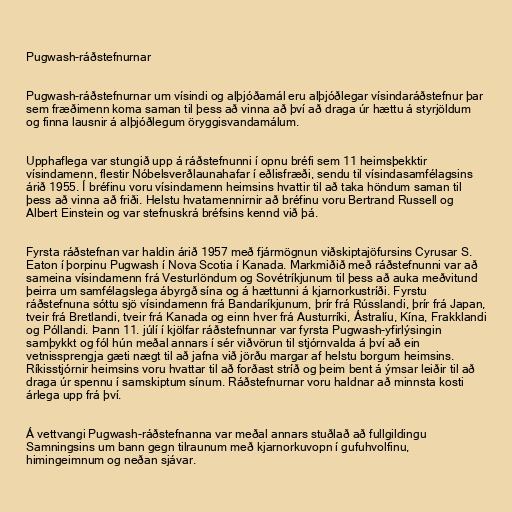
Pugwash-ráðstefnurnar

Pugwash-ráðstefnurnar um vísindi og alþjóðamál eru alþjóðlegar vísindaráðstefnur þar
sem fræðimenn koma saman til þess að vinna að því að draga úr hættu á styrjöldum
og finna lausnir á alþjóðlegum öryggisvandamálum.

Upphaflega var stungið upp á ráðstefnunni í opnu bréfi sem 11 heimsþekktir
vísindamenn, flestir Nóbelsverðlaunahafar í eðlisfræði, sendu til vísindasamfélagsins
árið 1955. Í bréfinu voru vísindamenn heimsins hvattir til að taka höndum saman til
þess að vinna að friði. Helstu hvatamennirnir að bréfinu voru Bertrand Russell og
Albert Einstein og var stefnuskrá bréfsins kennd við þá.

Fyrsta ráðstefnan var haldin árið 1957 með fjármögnun viðskiptajöfursins Cyrusar S.
Eaton í þorpinu Pugwash í Nova Scotia í Kanada. Markmiðið með ráðstefnunni var að
sameina vísindamenn frá Vesturlöndum og Sovétríkjunum til þess að auka meðvitund
þeirra um samfélagslega ábyrgð sína og á hættunni á kjarnorkustríði. Fyrstu
ráðstefnuna sóttu sjö vísindamenn frá Bandaríkjunum, þrír frá Rússlandi, þrír frá Japan,
tveir frá Bretlandi, tveir frá Kanada og einn hver frá Austurríki, Ástralíu, Kína, Frakklandi
og Póllandi. Þann 11. júlí í kjölfar ráðstefnunnar var fyrsta Pugwash-yfirlýsingin
samþykkt og fól hún meðal annars í sér viðvörun til stjórnvalda á því að ein
vetnissprengja gæti nægt til að jafna við jörðu margar af helstu borgum heimsins.
Ríkisstjórnir heimsins voru hvattar til að forðast stríð og þeim bent á ýmsar leiðir til að
draga úr spennu í samskiptum sínum. Ráðstefnurnar voru haldnar að minnsta kosti
árlega upp frá því.

Á vettvangi Pugwash-ráðstefnanna var meðal annars stuðlað að fullgildingu
Samningsins um bann gegn tilraunum með kjarnorkuvopn í gufuhvolfinu,
himingeimnum og neðan sjávar.